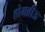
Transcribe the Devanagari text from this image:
होमब्रीऊ